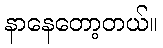
နာနေတော့တယ်။